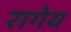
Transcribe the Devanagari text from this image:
रागेय